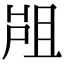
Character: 𡲂